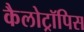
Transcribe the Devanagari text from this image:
कैलोट्रॉपिस